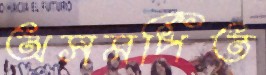
অসমর্পিত